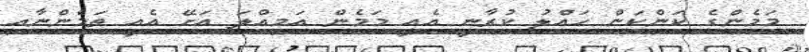
މަމެންގެ ކަންކަން ހައްލު ކުރާނީ އެއީ މަމެން އަމިއްލަ އަށޭ އެއީ ތަމެންނާއި